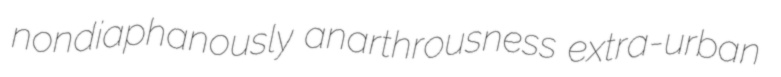
nondiaphanously anarthrousness extra-urban